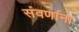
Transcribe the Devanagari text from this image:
संवर्णाना